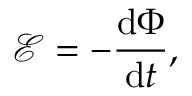
{ \mathcal { E } } = - { \frac { \mathrm { d } \Phi } { \mathrm { d } t } } ,